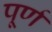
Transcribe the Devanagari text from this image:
पूर्ण